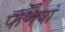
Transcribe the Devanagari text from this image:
फंगशं